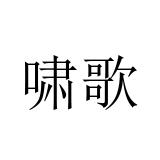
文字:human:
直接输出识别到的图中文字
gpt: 啸歌